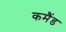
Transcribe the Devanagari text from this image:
कमैंड